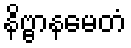
နိဗ္ဗာနမေတံ